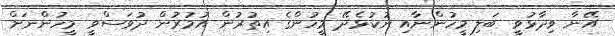
އޭނާ ވިދާޅުވީ ބަލި މީހުންނާއި ނުކުޅެދޭ މީހުންގެ އިތުރުން އުމުރުން ދުވަސްވީ މީހުންނަށް